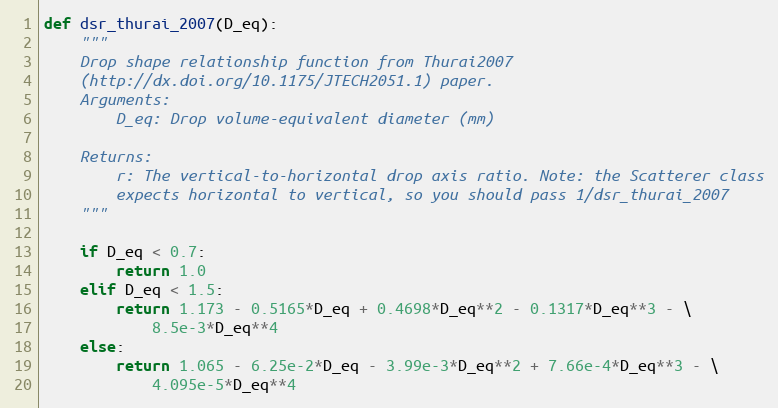
Language: Python
def dsr_thurai_2007(D_eq):
    """
    Drop shape relationship function from Thurai2007
    (http://dx.doi.org/10.1175/JTECH2051.1) paper.
    Arguments:
        D_eq: Drop volume-equivalent diameter (mm)

    Returns:
        r: The vertical-to-horizontal drop axis ratio. Note: the Scatterer class
        expects horizontal to vertical, so you should pass 1/dsr_thurai_2007
    """

    if D_eq < 0.7:
        return 1.0
    elif D_eq < 1.5:
        return 1.173 - 0.5165*D_eq + 0.4698*D_eq**2 - 0.1317*D_eq**3 - \
            8.5e-3*D_eq**4
    else:
        return 1.065 - 6.25e-2*D_eq - 3.99e-3*D_eq**2 + 7.66e-4*D_eq**3 - \
            4.095e-5*D_eq**4